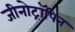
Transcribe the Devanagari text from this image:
जीनोट्रॉपिन